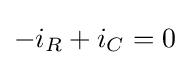
-i_{R}+i_{C}=0